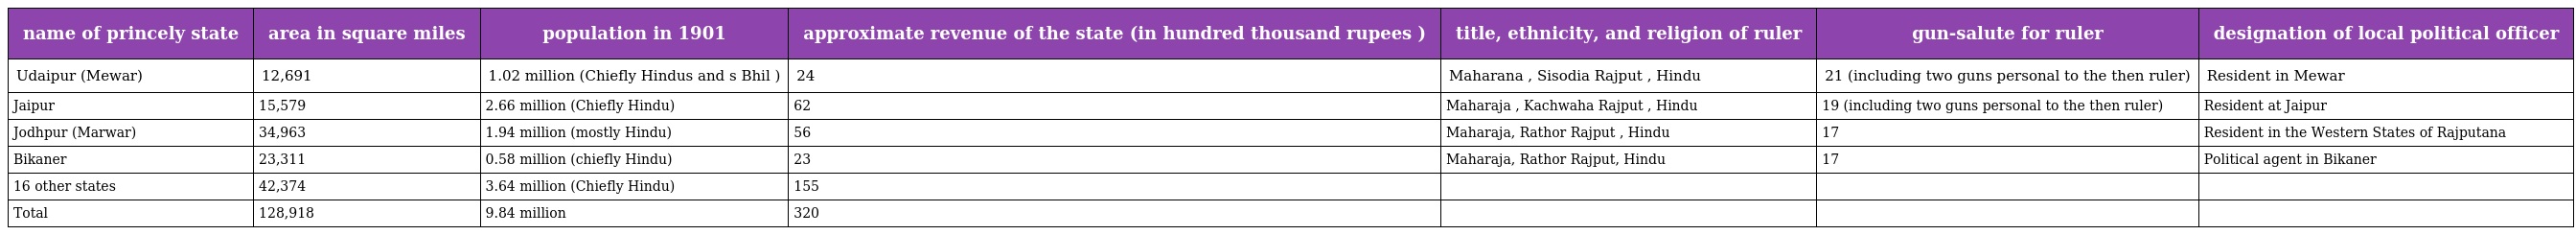
| name of princely state | area in square miles | population in 1901 | approximate revenue of the state (in hundred thousand rupees ) | title, ethnicity, and religion of ruler | gun-salute for ruler | designation of local political officer |
 | --- | --- | --- | --- | --- | --- | --- |
 | Udaipur (Mewar) | 12,691 | 1.02 million (Chiefly Hindus and s Bhil ) | 24 | Maharana , Sisodia Rajput , Hindu | 21 (including two guns personal to the then ruler) | Resident in Mewar |
 | Jaipur | 15,579 | 2.66 million (Chiefly Hindu) | 62 | Maharaja , Kachwaha Rajput , Hindu | 19 (including two guns personal to the then ruler) | Resident at Jaipur |
 | Jodhpur (Marwar) | 34,963 | 1.94 million (mostly Hindu) | 56 | Maharaja, Rathor Rajput , Hindu | 17 | Resident in the Western States of Rajputana |
 | Bikaner | 23,311 | 0.58 million (chiefly Hindu) | 23 | Maharaja, Rathor Rajput, Hindu | 17 | Political agent in Bikaner |
 | 16 other states | 42,374 | 3.64 million (Chiefly Hindu) | 155 |  |  |  |
 | Total | 128,918 | 9.84 million | 320 |  |  |  |